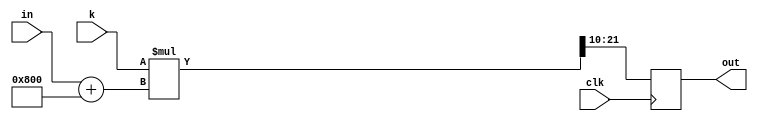
module gain_control(clk,in,k, out);

	input clk;
	input [11:0] in;
	input [9:0] k;
	output reg [11:0] out;
	
	reg [21:0] r = 0;
	reg [11:0] unsig = 0;
	
	always @(posedge clk)
		begin
			unsig = in + 12'b100000000000;
			r = k * unsig;
			out = r[21:10];
		end

endmodule